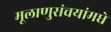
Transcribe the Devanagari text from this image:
मूलाणुसंचयांमधे